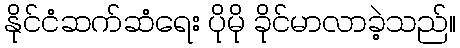
နိုင်ငံဆက်ဆံရေး ပိုမို ခိုင်မာလာခဲ့သည်။